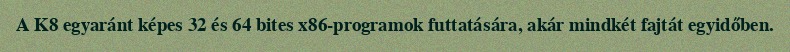
A K8 egyaránt képes 32 és 64 bites x86-programok futtatására, akár mindkét fajtát egyidőben.